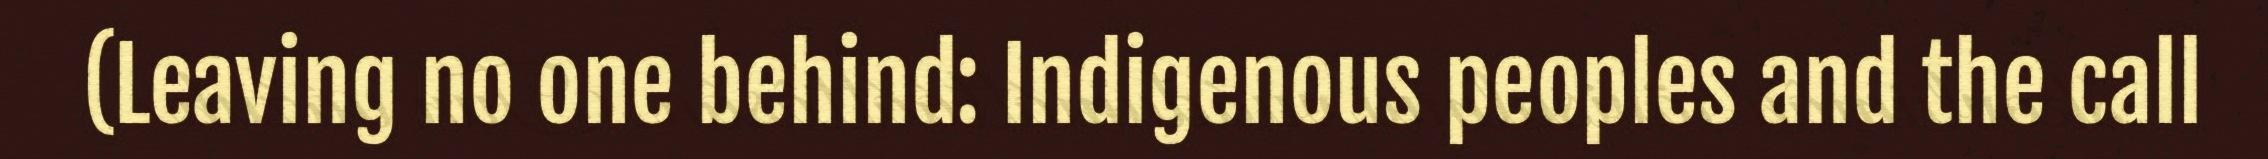
(Leaving no one behind: Indigenous peoples and the call